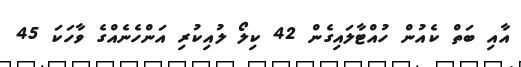
އާއި ބަތް ކެއުން ހުއްޓާލައިގެން 42 ކިލޯ ލުއިކުރި އަންހެނެއްގެ ވާހަކަ 45